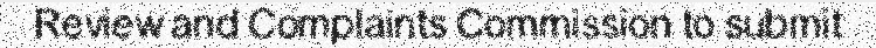
Review and Complaints Commission to submit